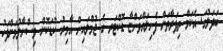
ބަދަލުގަ